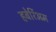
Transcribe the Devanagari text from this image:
हबेर्रिअम